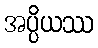
အပ္ပိယဿ